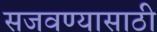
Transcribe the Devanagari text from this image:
सजवण्यासाठी